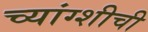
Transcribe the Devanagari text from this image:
च्यांग्शीची